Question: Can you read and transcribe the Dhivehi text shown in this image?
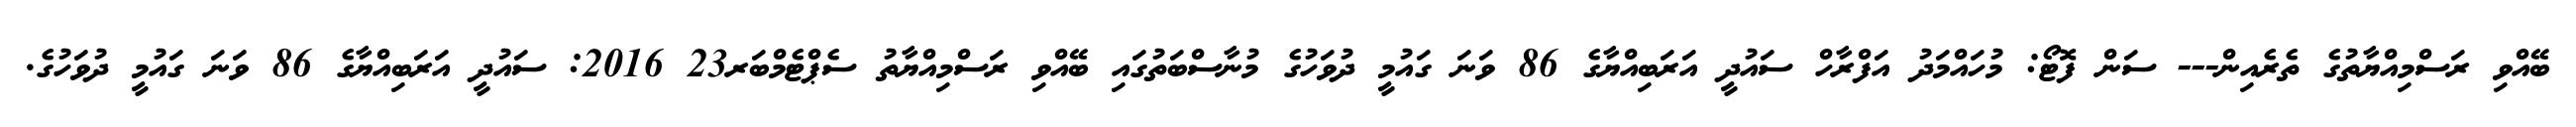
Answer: ބޭއްވި ރަސްމިއްޔާތުގެ ތެރެއިން--- ސަން ފޮޓޯ: މުހައްމަދު އަފްރާހް ސައުދީ އަރަބިއްޔާގެ 86 ވަނަ ގައުމީ ދުވަހުގެ މުނާސްބަތުގައި ބޭއްވި ރަސްމިއްޔާތު ސެޕްޓެމްބަރ23 2016: ސައުދީ އަރަބިއްޔާގެ 86 ވަނަ ގައުމީ ދުވަހުގެ.